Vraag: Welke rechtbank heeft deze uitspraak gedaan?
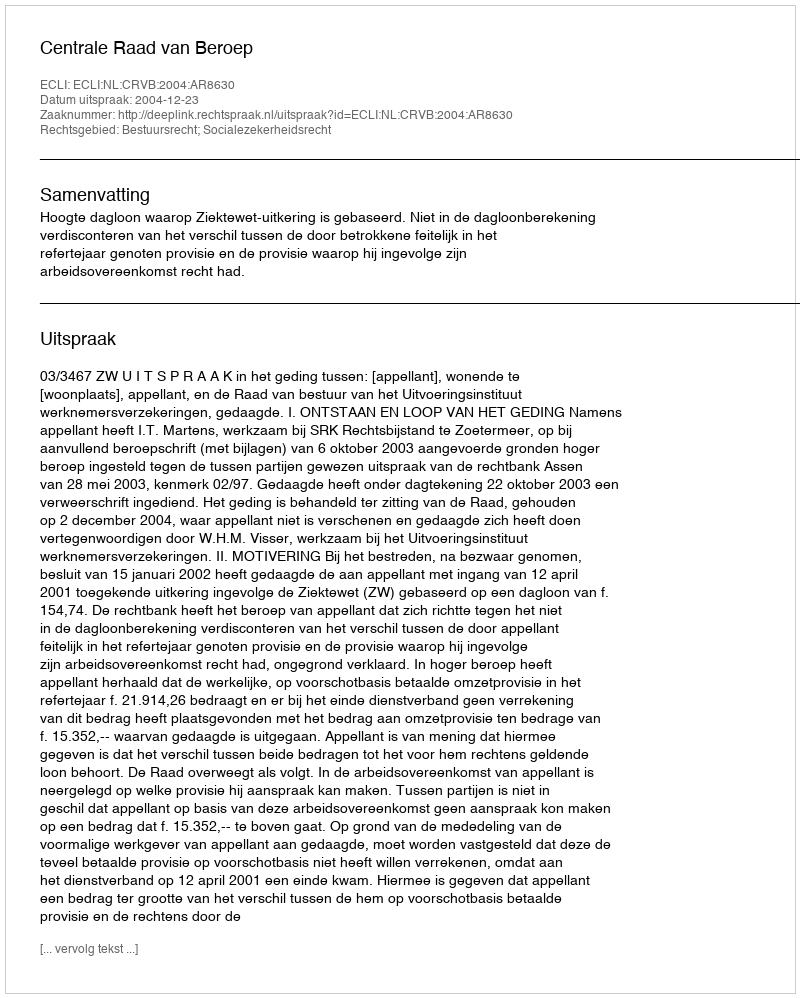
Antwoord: Centrale Raad van Beroep